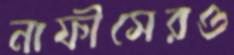
নাফীসেরও